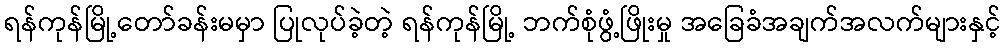
ရန်ကုန်မြို့တော်ခန်းမမှာ ပြုလုပ်ခဲ့တဲ့ ရန်ကုန်မြို့ ဘက်စုံဖွံ့ဖြိုးမှု အခြေခံအချက်အလက်များနှင့်